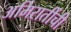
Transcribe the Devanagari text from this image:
अमिरातींची